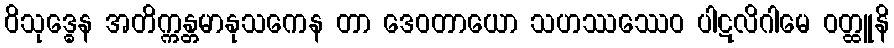
ဝိသုဒ္ဓေန အတိက္ကန္တမာနုသကေန တာ ဒေဝတာယော သဟဿဿေဝ ပါဋလိဂါမေ ဝတ္ထူနိ